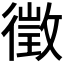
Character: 徵